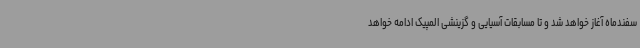
سفندماه آغاز خواهد شد و تا مسابقات آسیایی و گزینشی المپیک ادامه خواهد